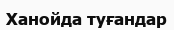
Ханойда туғандар